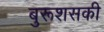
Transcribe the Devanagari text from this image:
बुरूशसकी